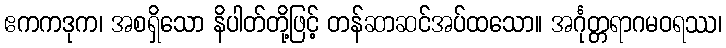
ဧကကဒုက၊ အစရှိသော နိပါတ်တို့ဖြင့် တန်ဆာဆင်အပ်ထသော။ အင်္ဂုတ္တရာဂမဝရဿ၊